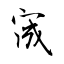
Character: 宬